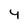
Character: 4